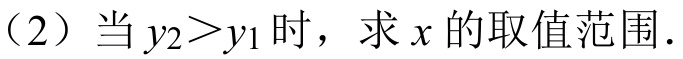
（2）当 \(y_{2}>y_{1}\) 时，求 \(x\) 的取值范围.